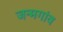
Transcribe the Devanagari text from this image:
जन्मगांव